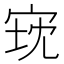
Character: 𫳈